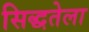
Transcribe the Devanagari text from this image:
सिद्धतेला